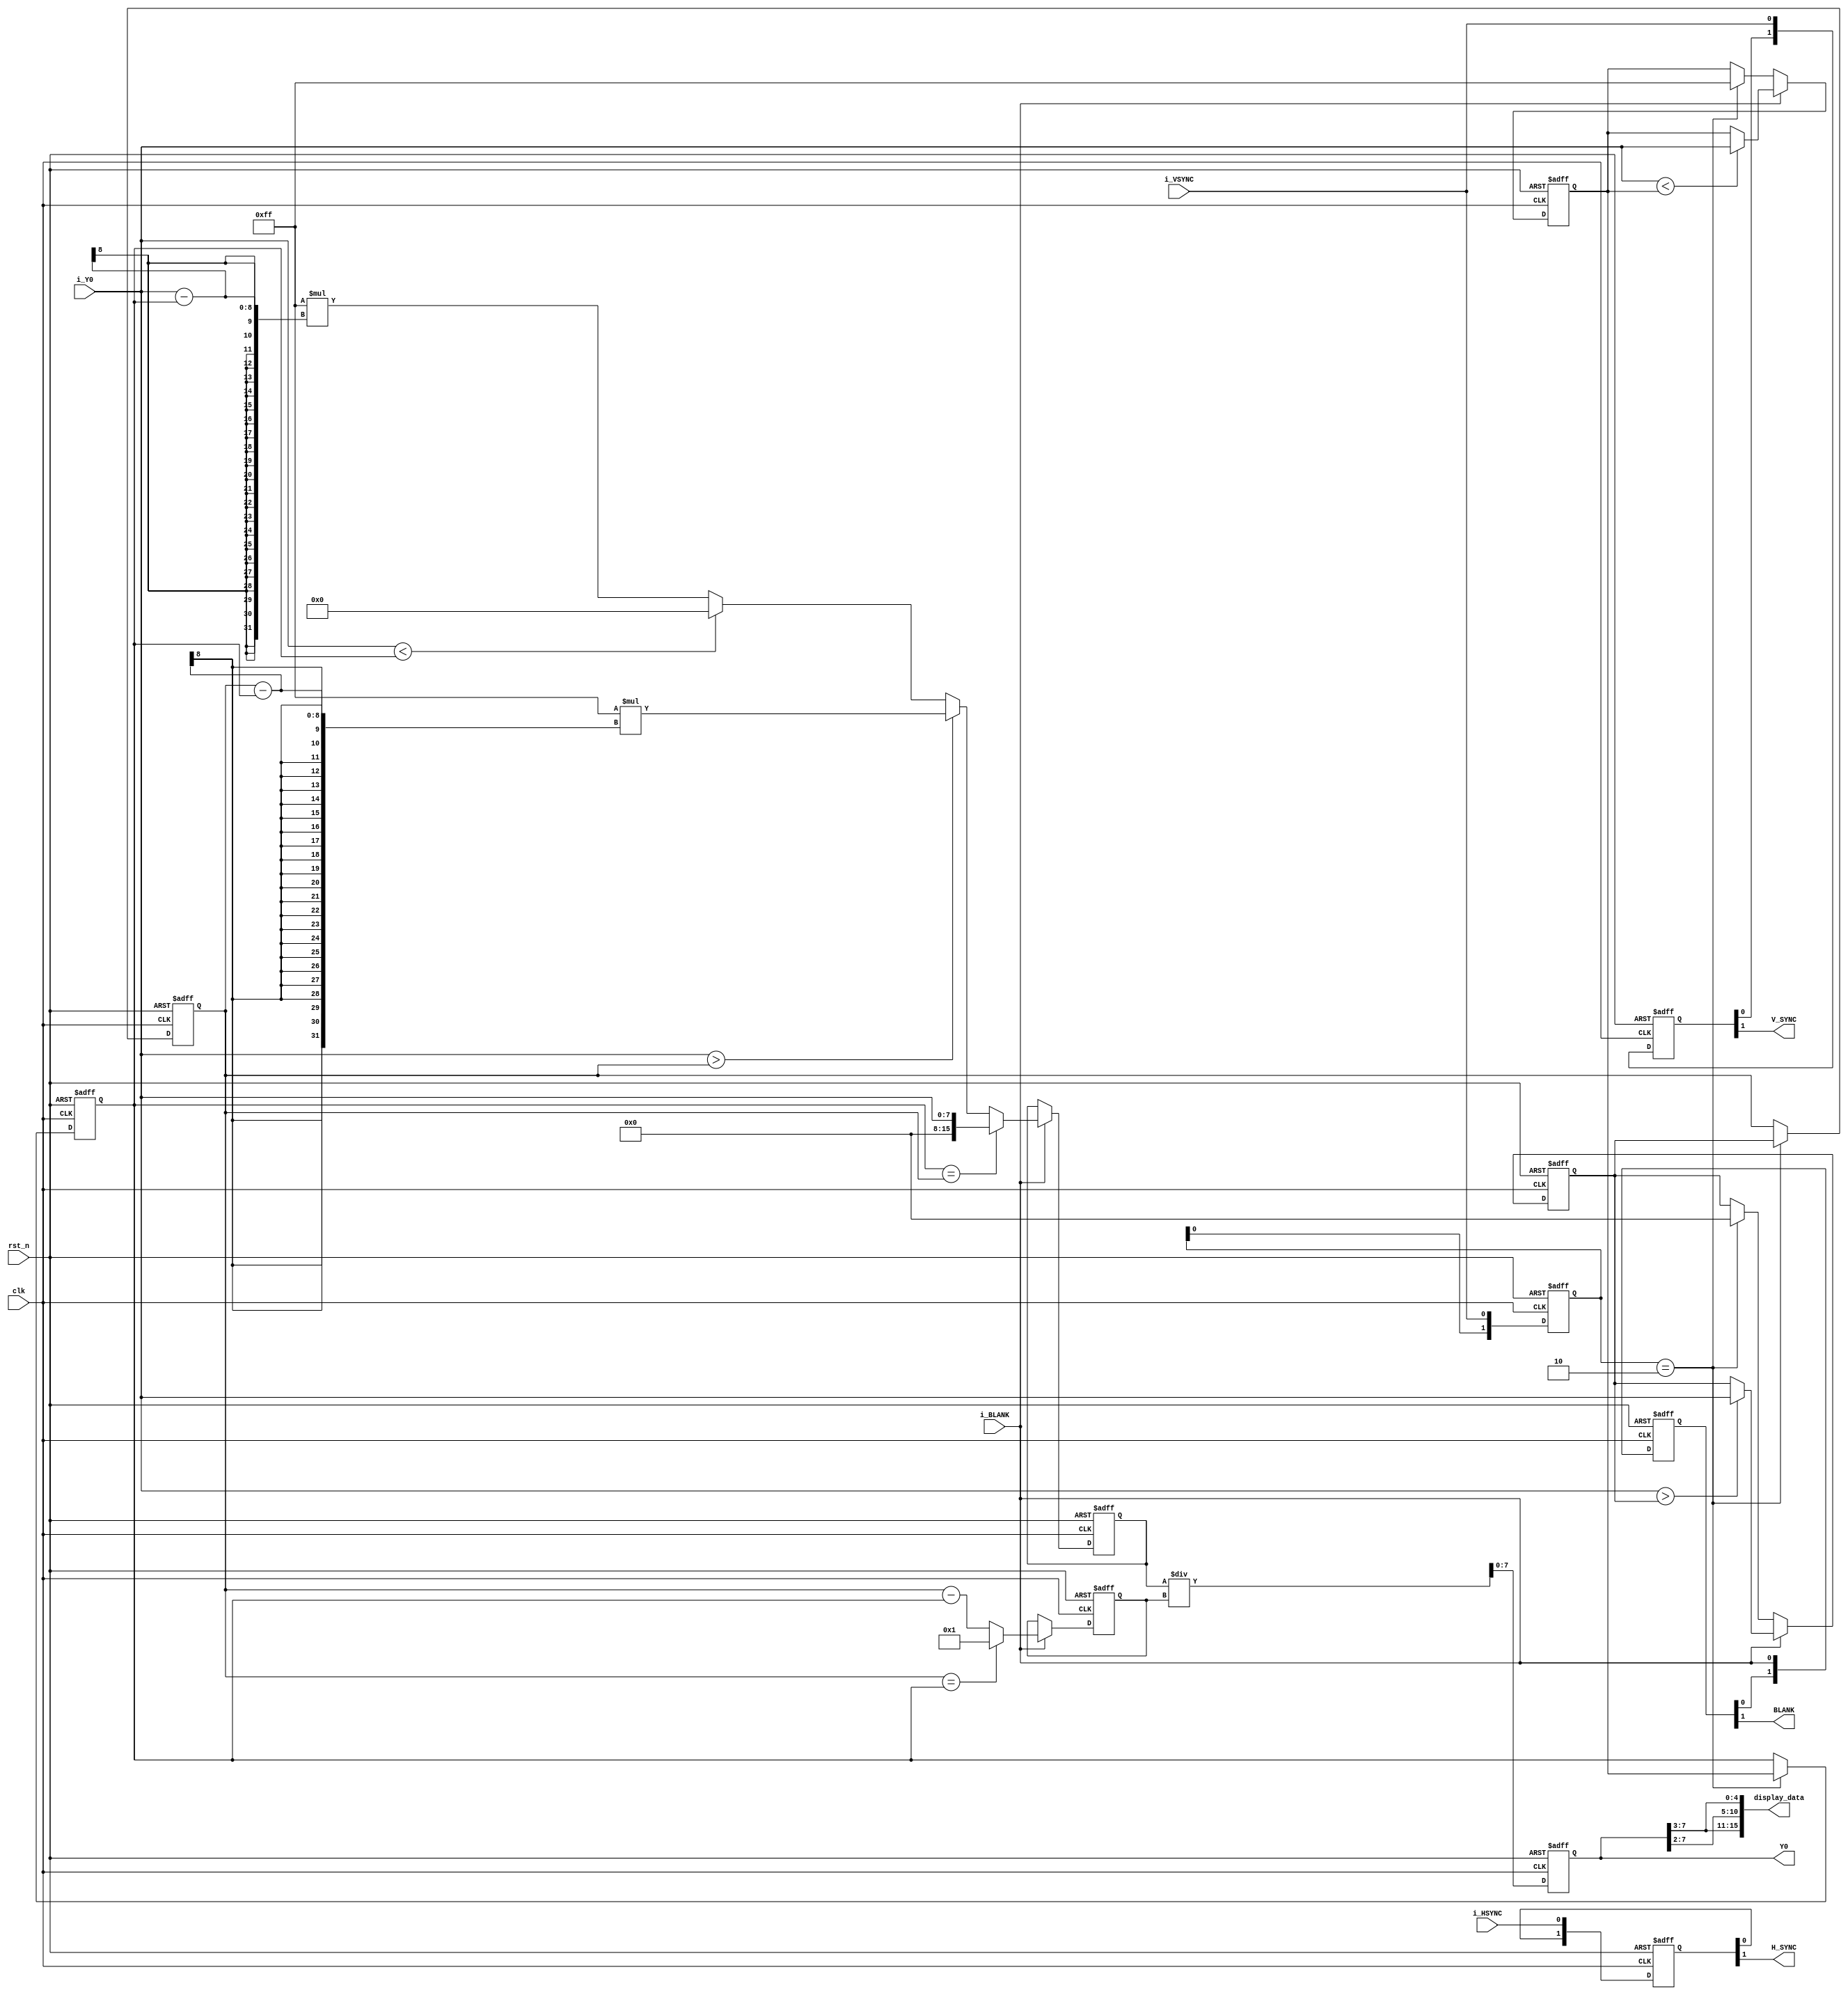
module HISTOGRAM(
  input clk,
  input rst_n,
  input i_HSYNC,
  input i_VSYNC,
  input i_BLANK,
  input [7:0] i_Y0,
  output H_SYNC,
  output V_SYNC,
  output BLANK,
  output reg [7:0] Y0,
  output [15:0] display_data
    );
  reg [7:0] min;
  reg [7:0] max;
  reg [1:0] r_i_VSYNC;
  reg [7:0] min_r;
  reg [7:0] max_r;
  wire i_VSYNC_neg;
  reg [15:0] numerator;
  reg [7:0] denominator;
  reg [1:0] r_hsync;
  reg [1:0] r_vsync;
  reg [1:0] r_blank;

  always @(posedge clk or negedge rst_n) begin
      if(!rst_n) begin
        r_i_VSYNC <= 2'b00;
      end
      else begin
        r_i_VSYNC <= {r_i_VSYNC[0], i_VSYNC};
      end
  end

  assign i_VSYNC_neg = r_i_VSYNC == 2'b10;

  always @(posedge clk or negedge rst_n) begin
      if(!rst_n) begin
        min <= 255;
      end
      else if(i_BLANK) begin
        if(i_Y0 < min) begin
          min <= i_Y0;
        end
      end
      else if (i_VSYNC_neg) begin
        min <= 255;
      end
      else begin
        min <= min;
      end
  end

  always @(posedge clk or negedge rst_n) begin
      if(!rst_n) begin
        max <= 0;
      end
      else if(i_BLANK) begin
        if(i_Y0 > max) begin
          max <= i_Y0;
        end
      end
      else if (i_VSYNC_neg) begin
        max <= 0;
      end
      else begin
        max <= max;
      end
  end

  always @(posedge clk or negedge rst_n) begin
      if(!rst_n) begin
        min_r <= 8'b0;
      end
      else if(i_VSYNC_neg) begin
        min_r <= min;
      end
      else begin
        min_r <= min_r;
      end
  end

  always @(posedge clk or negedge rst_n) begin
      if(!rst_n) begin
        max_r <= 8'b0;
      end
      else if(i_VSYNC_neg) begin
        max_r <= max;
      end
      else begin
        max_r <= max_r;
      end
  end

  always @(posedge clk or negedge rst_n) begin
      if(!rst_n) begin
        numerator <= 16'b0;
      end
      else if(i_BLANK) begin
        if (min_r == max_r) begin
          numerator <= i_Y0;
        end
        else if (i_Y0 > max_r) begin
          numerator <= 255*(max_r - min_r);
        end
        else if (i_Y0 < min_r) begin
          numerator <= 0;
        end
        else begin
          numerator <= 255*(i_Y0 - min_r);
        end
      end
      else begin
        numerator <= numerator;
      end
  end

  always @(posedge clk or negedge rst_n) begin
      if(!rst_n) begin
        denominator <= 255;
      end
      else if(i_BLANK) begin
        if(max_r == min_r) begin
          denominator <= 1;
        end
        else begin
          denominator <= max_r - min_r;
        end
      end
      else begin
        denominator <= denominator;
      end
  end

  always @(posedge clk or negedge rst_n) begin
      if(!rst_n) begin
        Y0 <= 8'b0;
      end
      else begin
        Y0 <= numerator/denominator;
      end
  end

  always @(posedge clk or negedge rst_n) begin
      if(!rst_n) begin
        r_vsync <= 2'b0;
      end
      else begin
        r_vsync <= {r_vsync[0], i_VSYNC};
      end
  end

  always @(posedge clk or negedge rst_n) begin
      if(!rst_n) begin
        r_hsync <= 2'b0;
      end
      else begin
        r_hsync <= {r_hsync[0], i_HSYNC};
      end
  end

  always @(posedge clk or negedge rst_n) begin
      if(!rst_n) begin
        r_blank <= 2'b0;
      end
      else begin
        r_blank <= {r_blank[0], i_BLANK};
      end
  end

  assign H_SYNC = r_hsync[1];
  assign V_SYNC = r_vsync[1];
  assign BLANK = r_blank[1];
  assign display_data = {Y0[7:3], Y0[7:2], Y0[7:3]}; 
endmodule